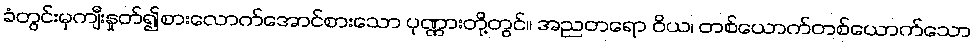
ခံတွင်းမှကျီးနှုတ်၍စားလောက်အောင်စားသော ပုဏ္ဏားတို့တွင်။ အညတရော ဝိယ၊ တစ်ယောက်တစ်ယောက်သော